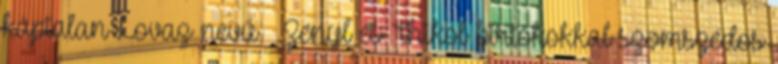
káptalan Lovaz nevű – Zenyl és Thikol birtokokkal szomszédos